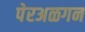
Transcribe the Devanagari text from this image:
पेरअळगन